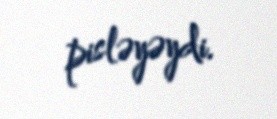
pisləyəydi.